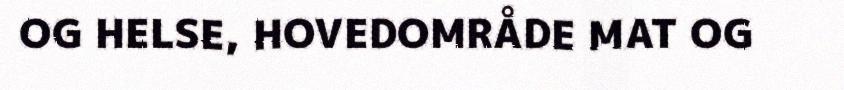
OG HELSE, HOVEDOMRÅDE MAT OG